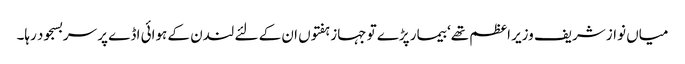
میاں نواز شریف وزیر اعظم تھے‘ بیمار پڑے تو جہاز ہفتوں ان کے لئے لندن کے ہوائی اڈے پر سربسجود رہا۔